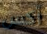
أكس